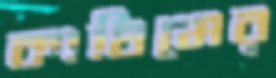
কাধিমের